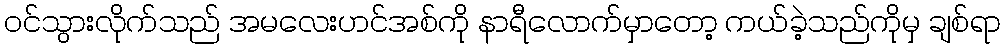
ဝင်သွားလိုက်သည် အမလေးဟင်အစ်ကို နာရီလောက်မှာတော့ ကယ်ခဲ့သည်ကိုမှ ချစ်ရာ